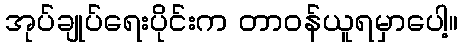
အုပ်ချုပ်ရေးပိုင်းက တာဝန်ယူရမှာပေါ့။